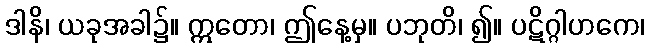
ဒါနိ၊ ယခုအခါ၌။ ဣတော၊ ဤနေ့မှ။ ပဘုတိ၊ ၍။ ပဋိဂ္ဂါဟကေ၊